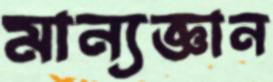
মান্যজ্ঞান